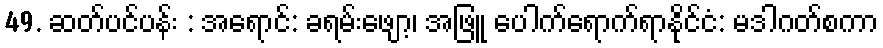
49. ဆတ်ပင်ပန်း : အရောင်: ခရမ်းဖျော့၊ အဖြူ ပေါက်ရောက်ရာနိုင်ငံ: မဒါဂတ်စကာ